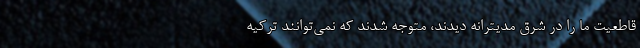
قاطعیت ما را در شرق مدیترانه دیدند، متوجه شدند که نمی‌توانند ترکیه